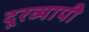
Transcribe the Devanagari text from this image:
दूरव्यापी